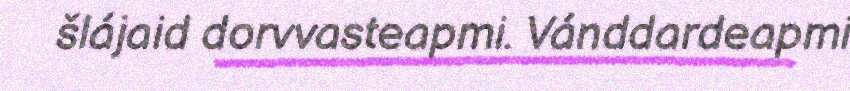
šlájaid dorvvasteapmi. Vánddardeapmi